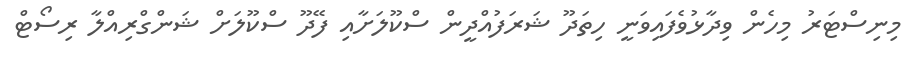
މިނިސްޓަރު މިހެން ވިދާޅުވެފައިވަނީ ހިތަދޫ ޝަރަފުއްދީން ސްކޫލަށާއި ފޭދޫ ސްކޫލަށް ޝަންގްރިއްލާ ރިސޯޓް